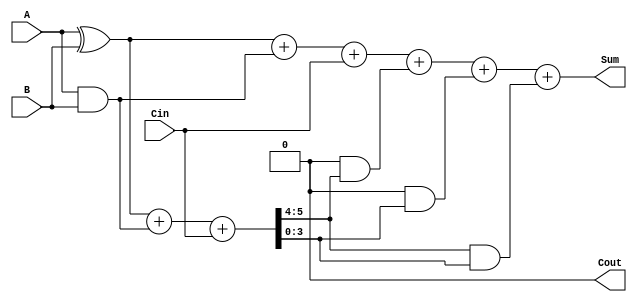
module carry_skip_adder (
    input [3:0] A,
    input [3:0] B,
    input Cin,
    output [3:0] Sum,
    output Cout
);

wire [3:0] P, G, C1, C2, C3, C4;

assign P = A ^ B;
assign G = A & B;
assign C1 = Cin;
assign {Cout, C2, C3, C4} = P + G + C1;

assign Sum = P + G + Cin + (C2 & C3) + (C2 & C4) + (C3 & C4);
endmodule